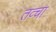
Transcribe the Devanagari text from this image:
तव्चा